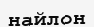
найлон